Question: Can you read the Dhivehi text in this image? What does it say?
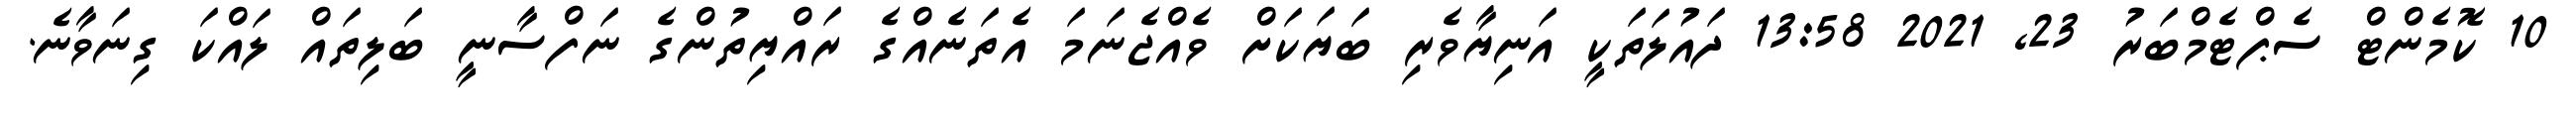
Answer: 10 ކޮމެންޓް ސެޕްޓެމްބަރު 23, 2021 13:58 ދައުލަތަކީ އަނިޔާވެރި ބަޔަކަށް ވެއްޖެނަމަ އެތަނެއްގެ ރައްޔިތުންގެ ނަފްސާނީ ބަލިތައް ލައްކަ ގިނަވާނެ.